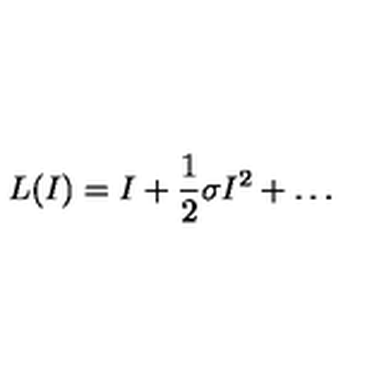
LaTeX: L ( I ) = I + \frac 1 2 \sigma I ^ { 2 } + \dots